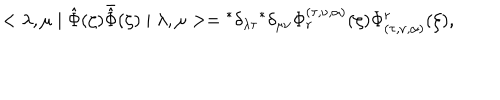
LaTeX: < \lambda , \mu \mid \hat { \Phi } ( \zeta ) \bar { \hat { \Phi } } ( \zeta ) \mid \lambda , \mu > = { } ^ { * } \delta _ { \lambda \tau } { } ^ { * } \delta _ { \mu \nu } \Phi _ { r } ^ { ( \tau , \nu , \alpha ) } ( \zeta ) \Phi _ { ( \tau , \nu , \alpha ) } ^ { r } ( \zeta ) ,